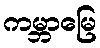
ကမ္ဘာမြေ